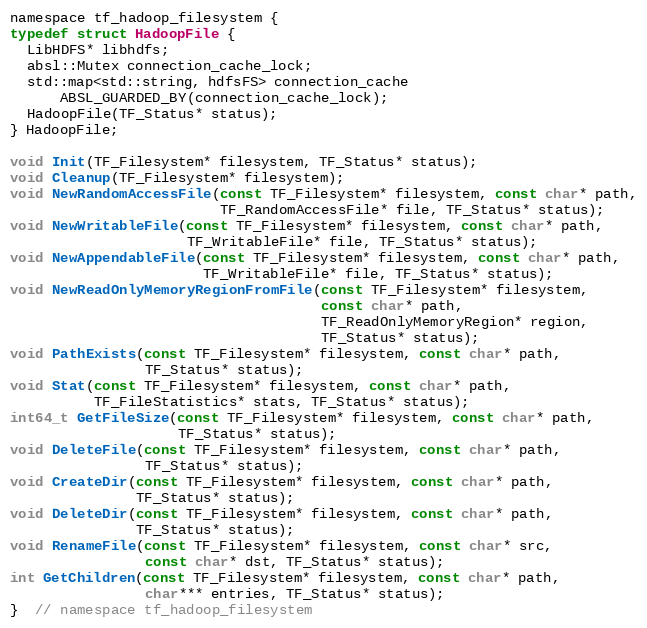
Language: C
namespace tf_hadoop_filesystem {
typedef struct HadoopFile {
  LibHDFS* libhdfs;
  absl::Mutex connection_cache_lock;
  std::map<std::string, hdfsFS> connection_cache
      ABSL_GUARDED_BY(connection_cache_lock);
  HadoopFile(TF_Status* status);
} HadoopFile;

void Init(TF_Filesystem* filesystem, TF_Status* status);
void Cleanup(TF_Filesystem* filesystem);
void NewRandomAccessFile(const TF_Filesystem* filesystem, const char* path,
                         TF_RandomAccessFile* file, TF_Status* status);
void NewWritableFile(const TF_Filesystem* filesystem, const char* path,
                     TF_WritableFile* file, TF_Status* status);
void NewAppendableFile(const TF_Filesystem* filesystem, const char* path,
                       TF_WritableFile* file, TF_Status* status);
void NewReadOnlyMemoryRegionFromFile(const TF_Filesystem* filesystem,
                                     const char* path,
                                     TF_ReadOnlyMemoryRegion* region,
                                     TF_Status* status);
void PathExists(const TF_Filesystem* filesystem, const char* path,
                TF_Status* status);
void Stat(const TF_Filesystem* filesystem, const char* path,
          TF_FileStatistics* stats, TF_Status* status);
int64_t GetFileSize(const TF_Filesystem* filesystem, const char* path,
                    TF_Status* status);
void DeleteFile(const TF_Filesystem* filesystem, const char* path,
                TF_Status* status);
void CreateDir(const TF_Filesystem* filesystem, const char* path,
               TF_Status* status);
void DeleteDir(const TF_Filesystem* filesystem, const char* path,
               TF_Status* status);
void RenameFile(const TF_Filesystem* filesystem, const char* src,
                const char* dst, TF_Status* status);
int GetChildren(const TF_Filesystem* filesystem, const char* path,
                char*** entries, TF_Status* status);
}  // namespace tf_hadoop_filesystem